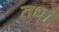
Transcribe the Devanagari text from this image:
तधा